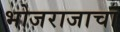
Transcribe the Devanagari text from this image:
भोजराजाचा